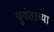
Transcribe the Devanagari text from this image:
युवंताच्या